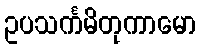
ဥပသင်္ကမိတုကာမော